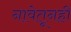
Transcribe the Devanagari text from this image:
नावेतूनही